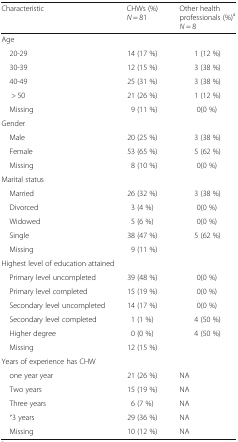
<table><thead><tr><td><b>Characteristic</b></td><td><b>CHWs (%)<i>N</i> = 81</b></td><td><b>Other health professionals (%)<sup>a</sup><i>N</i> = 8</b></td></tr></thead><tbody><tr><td colspan="3">Age</td></tr><tr><td> 20-29</td><td>14 (17 %)</td><td>1 (12 %)</td></tr><tr><td> 30-39</td><td>12 (15 %)</td><td>3 (38 %)</td></tr><tr><td> 40-49</td><td>25 (31 %)</td><td>3 (38 %)</td></tr><tr><td>&gt; 50</td><td>21 (26 %)</td><td>1 (12 %)</td></tr><tr><td> Missing</td><td>9 (11 %)</td><td>0(0 %)</td></tr><tr><td colspan="3">Gender</td></tr><tr><td> Male</td><td>20 (25 %)</td><td>3 (38 %)</td></tr><tr><td> Female</td><td>53 (65 %)</td><td>5 (62 %)</td></tr><tr><td> Missing</td><td>8 (10 %)</td><td>0(0 %)</td></tr><tr><td colspan="3">Marital status</td></tr><tr><td> Married</td><td>26 (32 %)</td><td>3 (38 %)</td></tr><tr><td> Divorced</td><td>3 (4 %)</td><td>0(0 %)</td></tr><tr><td> Widowed</td><td>5 (6 %)</td><td>0(0 %)</td></tr><tr><td> Single</td><td>38 (47 %)</td><td>5 (62 %)</td></tr><tr><td> Missing</td><td>9 (11 %)</td><td></td></tr><tr><td colspan="3">Highest level of education attained</td></tr><tr><td> Primary level uncompleted</td><td>39 (48 %)</td><td>0(0 %)</td></tr><tr><td> Primary level completed</td><td>15 (19 %)</td><td>0(0 %)</td></tr><tr><td> Secondary level uncompleted</td><td>14 (17 %)</td><td>0(0 %)</td></tr><tr><td> Secondary level completed</td><td>1 (1 %)</td><td>4 (50 %)</td></tr><tr><td> Higher degree</td><td>0 (0 %)</td><td>4 (50 %)</td></tr><tr><td> Missing</td><td>12 (15 %)</td><td></td></tr><tr><td colspan="3">Years of experience has CHW</td></tr><tr><td> one year year</td><td>21 (26 %)</td><td>NA</td></tr><tr><td> Two years</td><td>15 (19 %)</td><td>NA</td></tr><tr><td> Three years</td><td>6 (7 %)</td><td>NA</td></tr><tr><td> ˃3 years</td><td>29 (36 %)</td><td>NA</td></tr><tr><td> Missing</td><td>10 (12 %)</td><td>NA</td></tr></tbody></table>